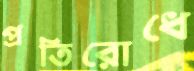
প্রতিরোধে